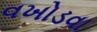
વખોડવા